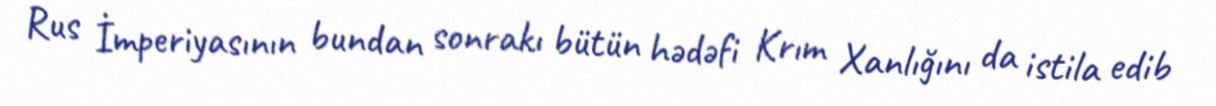
Rus İmperiyasının bundan sonrakı bütün hədəfi Krım Xanlığını da istila edib